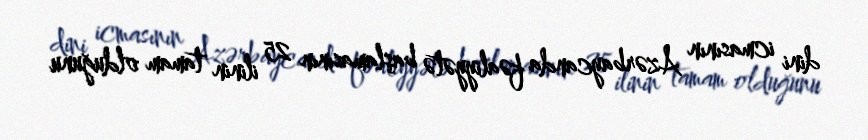
dini icmasının Azərbaycanda fəaliyyətə başlamasının 25 ilinin tamam olduğunu